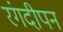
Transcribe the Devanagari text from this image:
रंगदीपन